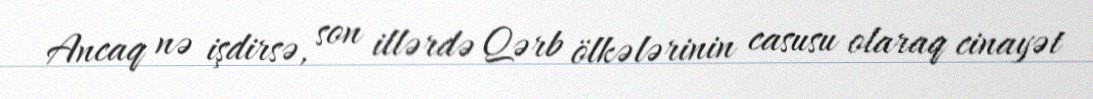
Ancaq nə işdirsə, son illərdə Qərb ölkələrinin casusu olaraq cinayət